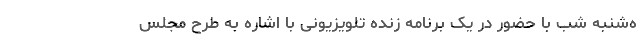
ه‌شنبه شب با حضور در یک برنامه زنده تلویزیونی با اشاره به طرح مجلس